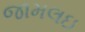
જામલઇ